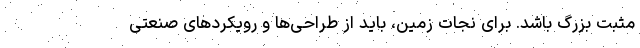
مثبت بزرگ باشد. برای نجات زمین، باید از طراحی‌ها و رویکردهای صنعتی